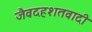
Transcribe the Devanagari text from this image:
जैवदहशतवादी